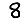
Digit: 8